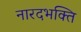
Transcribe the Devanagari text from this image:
नारदभक्ति